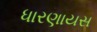
ધારણાયસ